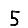
Digit: 5